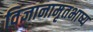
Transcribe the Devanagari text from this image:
विज्ञानामृतभाष्य